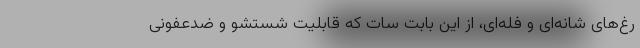
رغ‌های شانه‌ای و فله‌ای، از این بابت سات که قابلیت شستشو و ضدعفونی